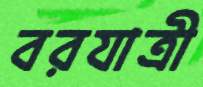
বরযাত্রী